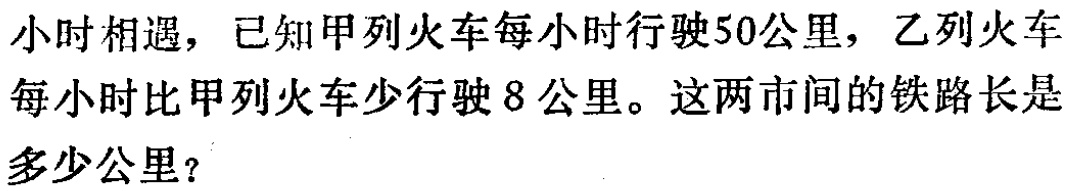
小时相遇，已知甲列火车每小时行驶50公里，乙列火车

每小时比甲列火车少行驶8公里。这两市间的铁路长是

多少公里？